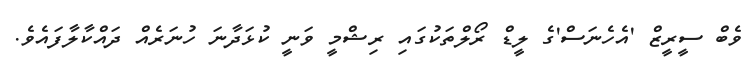
ވެބް ސީރީޒް 'އެހެނަސް'ގެ ލީޑް ރޯލްތަކުގައި ރިޝްމީ ވަނީ ކުޅަދާނަ ހުނަރެއް ދައްކާލާފައެވެ.